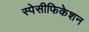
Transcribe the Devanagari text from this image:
स्पेसीफिकेशन